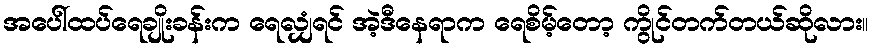
အပေါ်ထပ်ရေချိုးခန်းက ရေလျှံရင် အဲ့ဒီနေရာက ရေစိမ့်တော့ ကွိုင်တက်တယ်ဆိုလား။